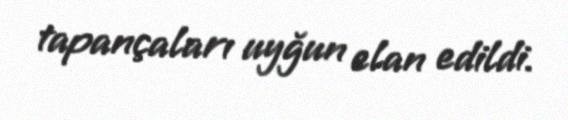
tapançaları uyğun elan edildi.